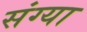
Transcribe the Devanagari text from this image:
संग्या